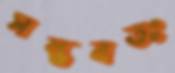
সম্ভবতঃ